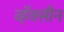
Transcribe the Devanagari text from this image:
व्हॅक्सीन